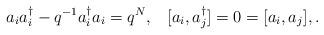
LaTeX: \begin{align*}a_i a_i^{\dagger}-q^{-1}a_i^{\dagger}a_i=q^N ,\;\;\;[a_i,a_j^{\dagger}]=0=[a_i,a_j],.\end{align*}